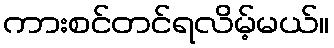
ကားစင်တင်ရလိမ့်မယ်။